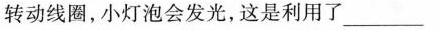
转动线圈，小灯泡会发光，这是利用了___